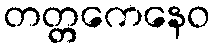
တတ္တကေနေဝ